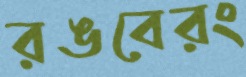
রঙবেরং